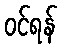
ဝင်ရန်